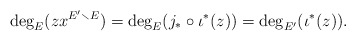
\begin{align*}\deg_E(z x^{E' \smallsetminus E}) = \deg_E(j_* \circ \iota^*(z)) = \deg_{E'}(\iota^*(z)). \end{align*}